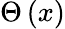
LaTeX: \Theta\left(x\right)